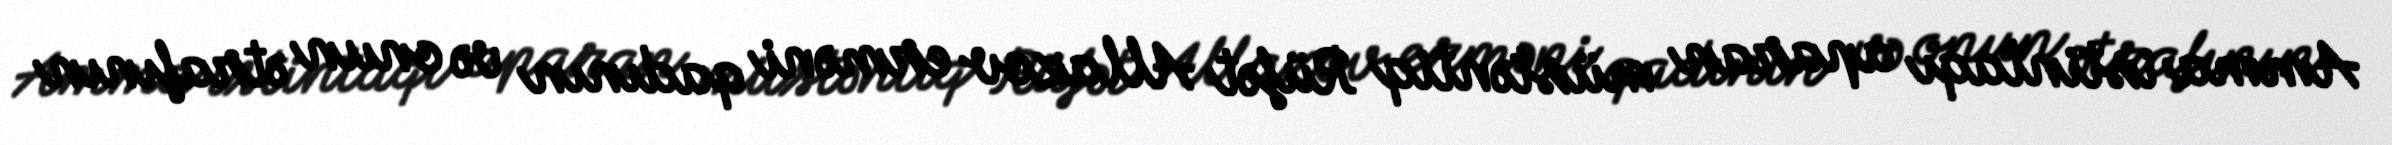
Amma istintaqı aparan müstəntiq Rüfət Allazov erməni qadının və onun ətrafının